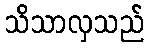
သိသာလှသည်